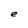
Character: e